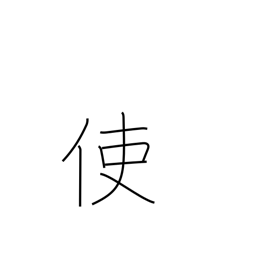
Meaning: send on a mission